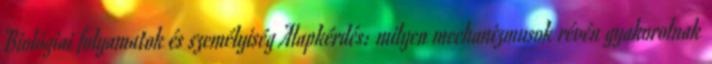
Biológiai folyamatok és személyiség Alapkérdés: milyen mechanizmusok révén gyakorolnak